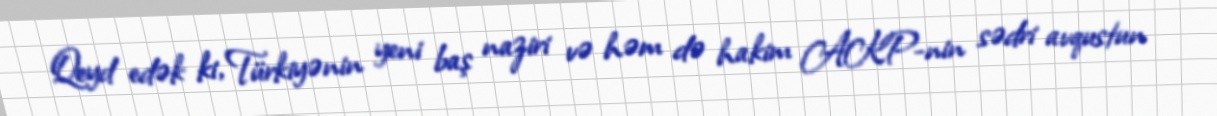
Qeyd edək ki, Türkiyənin yeni baş naziri və həm də hakim AKP-nin sədri avqustun